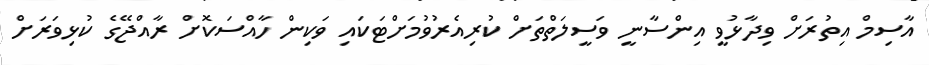
އާސިމް އިތުރަށް ވިދާޅުވީ އިންސާނީ ވަސީލަތްތަށް ކުރިއެރުވުމަށްޓަކައި ވަކިން ހާއްސަކޮށް ރާއްޖޭގެ ކުޅިވަރަށް